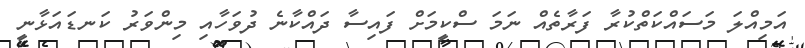
އަމިއްލަ މަސައްކަތްކުރާ ފަރާތެއް ނަމަ ސްކީމަށް ފައިސާ ދައްކާނެ ދުވަހާއި މިންވަރު ކަނޑައަޅާނީ